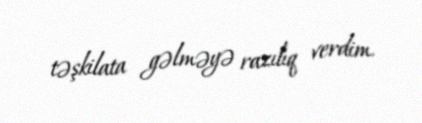
təşkilata gəlməyə razılıq verdim.